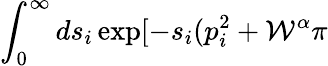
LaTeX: \int_{0}^{\infty}ds_{i}\exp[-s_{i}(p_{i}^{2}+{\cal W}^{\alpha}\pi